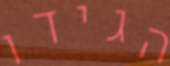
הגידו